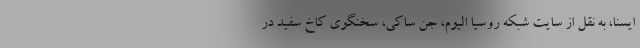
ایسنا، به نقل از سایت شبکه روسیا الیوم، جن ساکی، سخنگوی کاخ سفید در